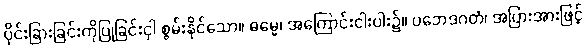
ပိုင်းခြားခြင်းကိုပြုခြင်းငှါ စွမ်းနိုင်သော။ ဓမ္မေ၊ အကြောင်းငါးပါး၌။ ပဘေဒဂတံ၊ အပြားအားဖြင့်